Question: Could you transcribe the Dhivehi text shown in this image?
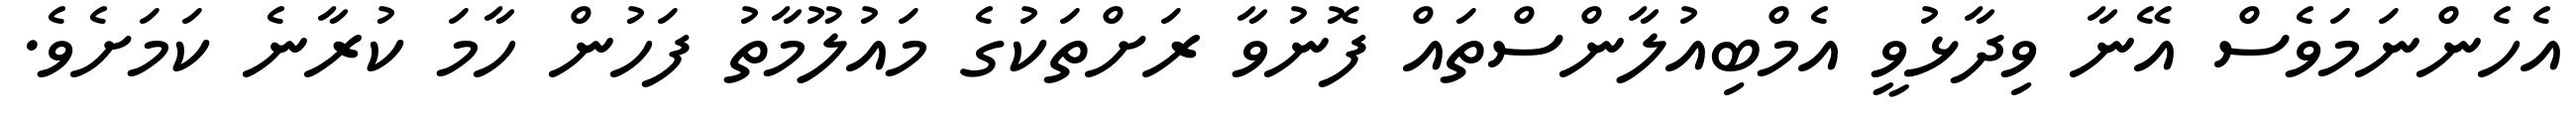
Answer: އެހެންނަމަވެސް އޭނާ ވިދާޅުވީ އެމްބިއުލާންސްތައް ފޮނުވާ ރަށްތަކުގެ މައުލޫމާތު ފަހުން ހާމަ ކުރާނެ ކަމަށެވެ.